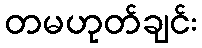
တမဟုတ်ချင်း